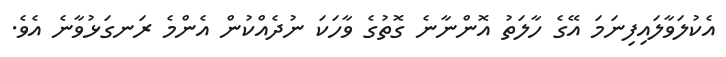
އެކުލަވާލައިފިނަމަ އޭގެ ހާލަތު އޮންނާނެ ގޮތުގެ ވާހަކަ ނުދެއްކުން އެންމެ ރަނގަޅުވާނެ އެވެ.